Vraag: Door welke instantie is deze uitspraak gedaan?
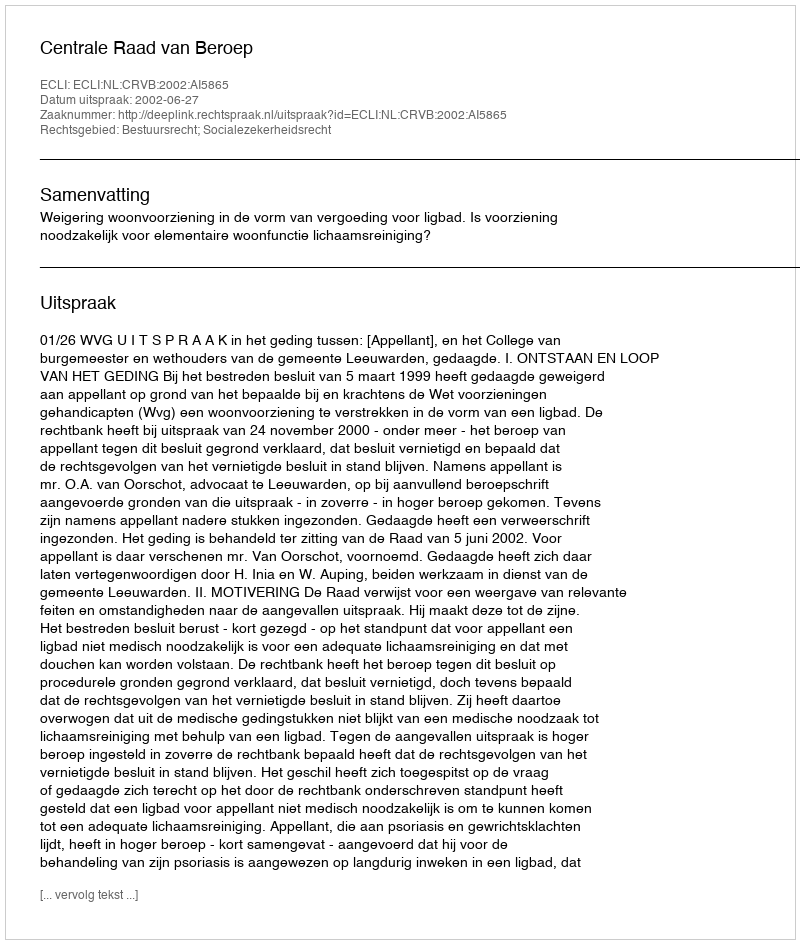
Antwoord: Centrale Raad van Beroep